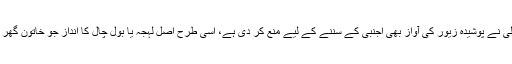
خواتین کو اجنبی لوگوں سے بات کرتے ہوئے یہ ذہن میں رکھنا چاہیے کہ اللہ تعالیٰ نے پوشیدہ زیور کی آواز بھی اجنبی کے سننے کے لیے منع کر دی ہے، اسی طرح اصل لہجہ یا بول چال کا انداز جو خاتون گھر میں محرمات سے گھل مل کر بات کرتی ہیں ویسے ہی اجنبیوں سے بات نہ کرو۔